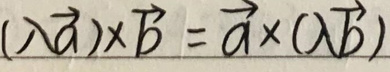
$(\lambda\vec{a})\times\vec{b}=\vec{a}\times(\lambda\vec{b})$